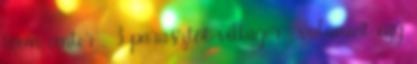
town center , 3 parasztot villager , valamint egy